Statistical return of the lunatic asylum in Assam - 1912-1932
Year: 1912
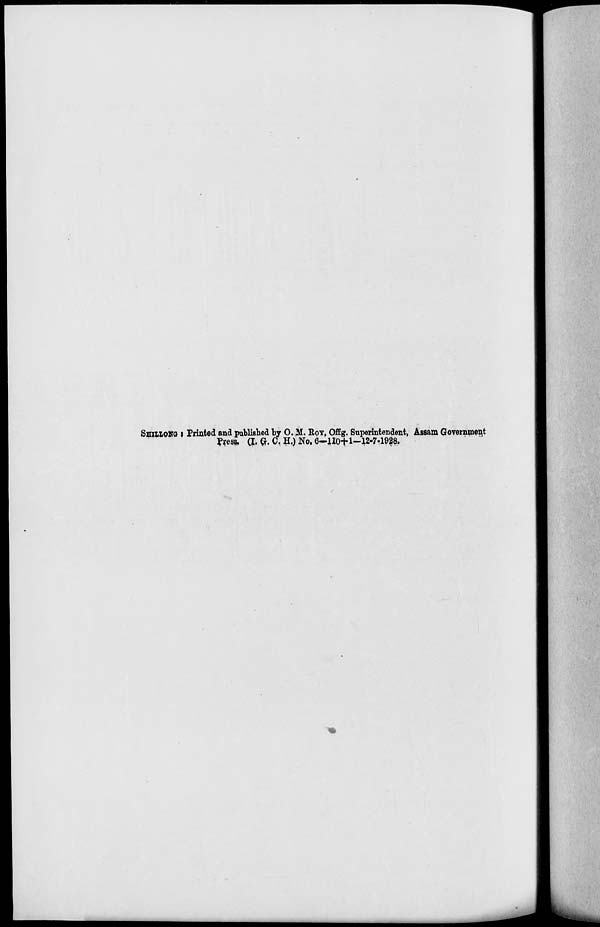
SmiLOHG ; Printed and published by O. M. ROT, OfEg. Superintendent, Assam Government
Press. (I. ft. C. H.) No. 6-110+1-12-7-1928.